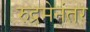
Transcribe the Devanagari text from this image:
रुद्रमेनंतर